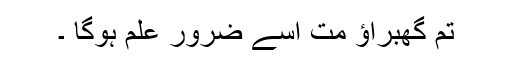
تُم گھبراؤ مت اُسے ضرور علم ہوگا ۔